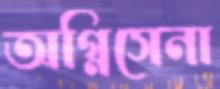
অগ্নিসেনা